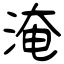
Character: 淹